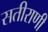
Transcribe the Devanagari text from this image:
सतीराणी